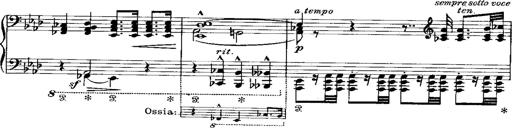
Title: Miserere du Trovatore
Composer: Franz Liszt